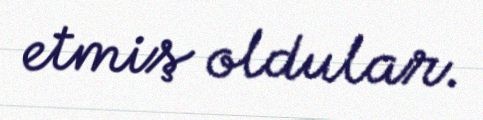
etmiş oldular.